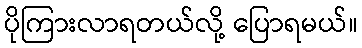
ပိုကြားလာရတယ်လို့ ပြောရမယ်။